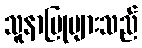
သူနာပြုများသည်